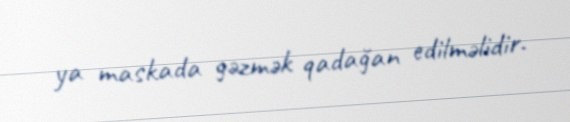
ya maskada gəzmək qadağan edilməlidir.